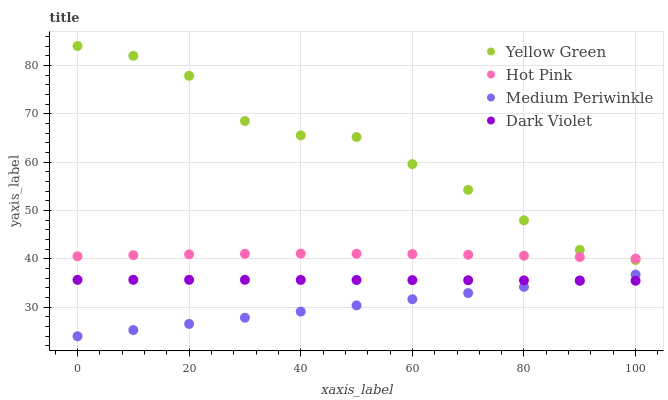
| xaxis_label | Yellow Green | Hot Pink | Medium Periwinkle | Dark Violet |
 | --- | --- | --- | --- | --- |
 | 0 | 84 | 40.5 | 24 | 35.7 |
 | 10 | 82 | 40.8 | 25.3 | 35.7 |
 | 20 | 77.8 | 40.9 | 26.6 | 35.7 |
 | 30 | 68.5 | 41 | 27.8 | 35.7 |
 | 40 | 65.5 | 41.1 | 29.1 | 35.6 |
 | 50 | 65.2 | 41.1 | 30.4 | 35.6 |
 | 60 | 59.6 | 41 | 31.7 | 35.6 |
 | 70 | 54.3 | 40.8 | 32.9 | 35.6 |
 | 80 | 48 | 40.6 | 34.2 | 35.6 |
 | 90 | 41.9 | 40.4 | 35.5 | 35.5 |
 | 100 | 39.7 | 40.1 | 36.8 | 35.5 |